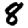
Digit: 8